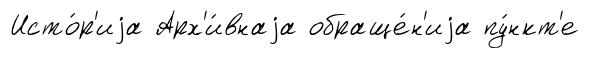
Исто́р'иjа Арх'и́внаjа обраще́н'иjа пу́нкт'е